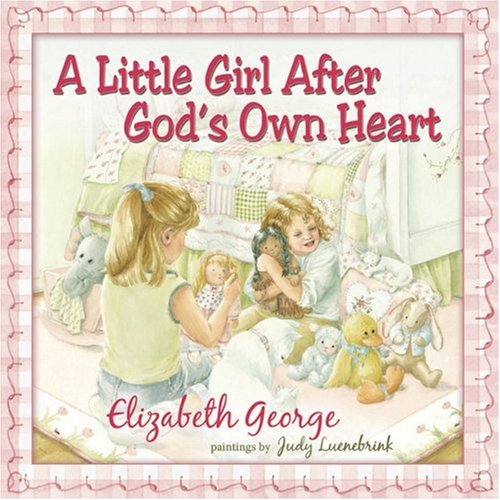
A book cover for A Little Girl After God's Own Heart: Learning God's Ways in My Early Days; Elizabeth George; Christian Books & Bibles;